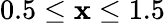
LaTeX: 0.5\le\mathbf{x}\le1.5